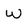
Character: w